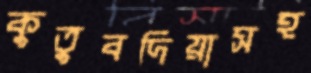
কুতুবদিয়াসহ